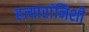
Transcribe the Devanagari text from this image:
हत्यारांनिशी